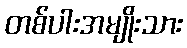
တစ်ပါးအမျိုးသား